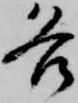
各